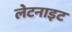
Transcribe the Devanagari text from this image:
लेटनाइट